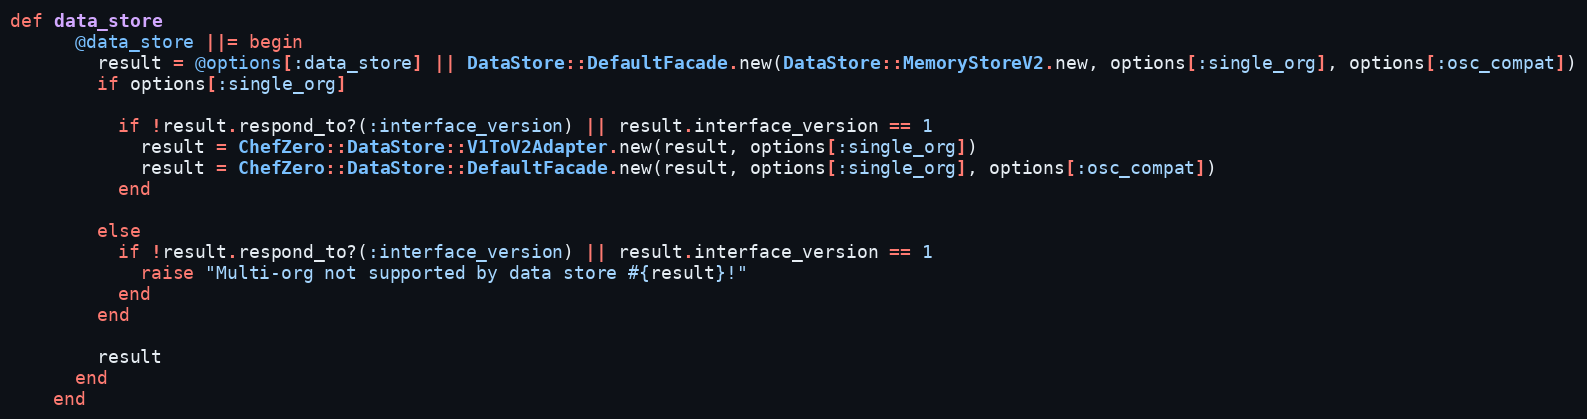
Language: Ruby
def data_store
      @data_store ||= begin
        result = @options[:data_store] || DataStore::DefaultFacade.new(DataStore::MemoryStoreV2.new, options[:single_org], options[:osc_compat])
        if options[:single_org]

          if !result.respond_to?(:interface_version) || result.interface_version == 1
            result = ChefZero::DataStore::V1ToV2Adapter.new(result, options[:single_org])
            result = ChefZero::DataStore::DefaultFacade.new(result, options[:single_org], options[:osc_compat])
          end

        else
          if !result.respond_to?(:interface_version) || result.interface_version == 1
            raise "Multi-org not supported by data store #{result}!"
          end
        end

        result
      end
    end